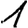
Digit: 1